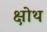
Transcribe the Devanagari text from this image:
क्षोथ